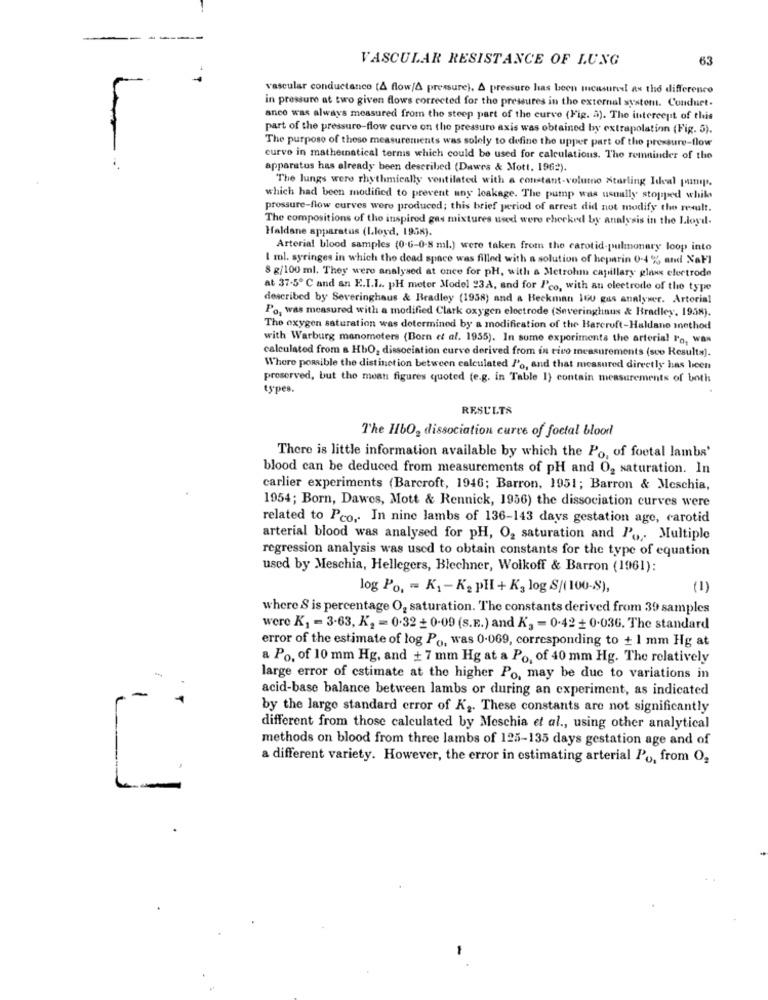
VASCULAR RESISTANCE OF LUNG
63
vascular conductance (A flow/A pressure). A pressure has been measureel as the difference
in pressure at two given flows corrected for the pressures in the external systom. Conduct.
ance was always measured from the steep part of the curve (Fig. a). The intercept of this
part of the pressure-flow curve on the pressure axis was obtained by extrapolation (Fig. 5).
The purpose of these measurements was solely to define the upper part of the pressure-flow
curve in mathematical terms which could be used for calculations. Tho remainder of the
apparatus has already been described (Dawes & Mott. 1962).
The lungs were rhythmically ventilated with a constant-voluto Starling Ideal pumps,
which had been modified to prevent any leakage. The pump was usually stopped whik
prossure-flow curves were produced; this brief period of arrest did not modify the result.
The compositions of tho inspired gas mixtures used were checked by analysis in the Lloyd.
Haldane apparatus (Lloyd, 1958).
Arterial blood samples (0-6-0-8 ml.) were taken from the carotid-pulmonary loop into
I ml. syringes in which the dead space was filled with a solution of heparin 0-4 % and NaFl
8 g/100 ml. They were analysed at once for pH, with a Metrohm capillary glass electrode
at 37-5 ℃ and an E.I.L. pH meter Model 93A, and for Pco, with an electrode of the type
described by Severinghaus & Bradley (1938) and a Beckman 100 gus analyser. Artorial
Po, was measured with a modified Clark oxygen electrode (Severinghnus & Bradley, 1958).
The oxygen saturation was determined by a modification of the Barcroft-Haldane method
with Warburg manometers (Born et al. 1955). In some experiments the arterial Fo, was
calculated from a HbO2 dissociation curve derived from in tivo measurements (svo Result=).
Where possible the distinction between calculated Jo, and that measured directly has been
proserved, but the meat figures quoted (e.g. in Table 1) contain measurements of both
types.
RESULTS
The HbO2 dissociation curve of foetal blood
There is little information available by which the Po, of foetal lambs'
blood can be deduced from measurements of pH and O2 saturation. In
carlier experiments (Barcroft, 1946; Barron, 1951; Barron & Meschia,
1954; Born, Dawes, Mott & Rennick, 1956) the dissociation curves were
related to Pco, In nine lambs of 136-143 days gestation age, carotid
arterial blood was analysed for pH, O2 saturation and P' .,. Multiple
regression analysis was used to obtain constants for the type of equation
used by Meschia, Hellegers, Blechner, Wolkoff & Barron (1961):
log Po. - K1 - K2 pH + K, log S/( 100-S),
(1)
where S is percentage O2 saturation. The constants derived from 39 samples
were K1 = 3.63, K, = 0.32 + 0-09 (S.E.) and K', = 0.42 + 0.036. The standard
error of the estimate of log Po, was 0.069, corresponding to + 1 mm Hg at
a Po. of 10 mm Hg, and + 7 mm Hg at a Po. of 40 mm Hg. The relatively
-
large error of estimate at the higher Po, may be due to variations in
--
acid-base balance between lambs or during an experiment, as indicated
by the large standard error of K2. These constants are not significantly
different from those calculated by Meschia et al ., using other analytical
methods on blood from three lambs of 125-135 days gestation age and of
a different variety. However, the error in estimating arterial Po, from O,